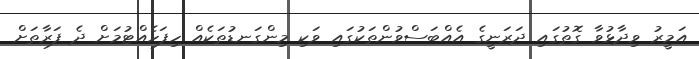
އަމީރު ވިދާޅުވާ ގޮތުގައި ދަރަނީގެ އެއްބަސްވުންތަކުގައި ވަކި މިންގަނޑުތަކެއް ހިފަހެއްޓުމަށް ދެ ފަރާތަށް